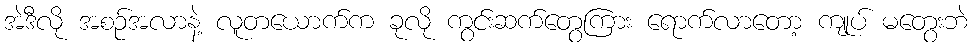
အဲဒီလို အစဉ်အလာနဲ့ လူတယောက်က ခုလို ကွင်းဆက်တွေကြား ရောက်လာတော့ ကျုပ် မတွေးဘဲ